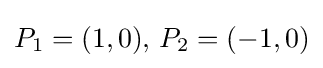
P_{1}=(1,0),\,P_{2}=(-1,0)